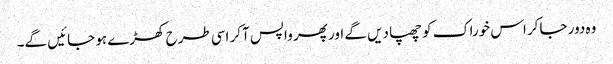
وہ دور جاکر اس خوراک کو چھپا دیں گے اور پھر واپس آکر اسی طرح کھڑے ہو جائیں گے۔